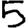
Digit: 5